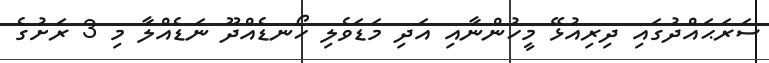
ސަރަޙައްދުގައި ދިރިއުޅޭ މީހުންނާއި އަދި މަޑަވެލި ހޯނޑެއްދޫ ނަޑެއްލާ މި 3 ރަށުގެ